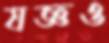
যজ্ঞও